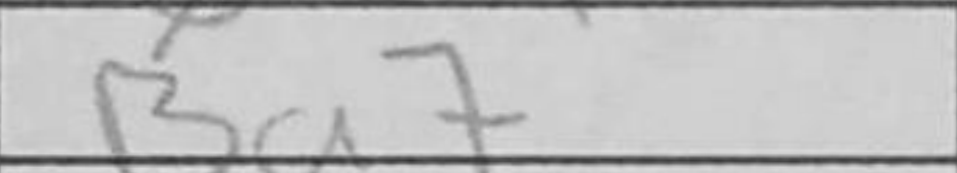
Transcription: Ba7